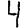
Digit: 4